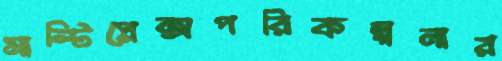
মাল্টিপ্লেক্সপরিকল্পনার